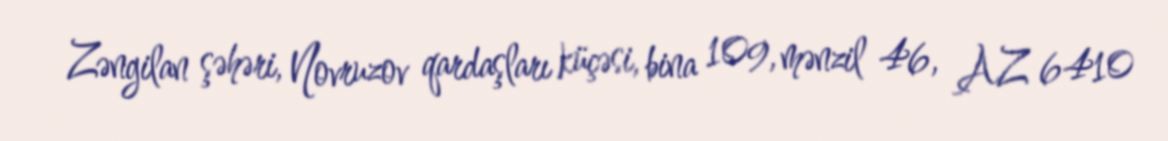
Zəngilan şəhəri, Novruzov qardaşları küçəsi, bina 109, mənzil 46, AZ 6410